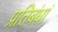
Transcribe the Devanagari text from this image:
प्रतिबंधां